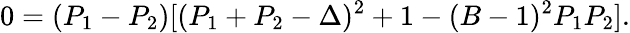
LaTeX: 0=(P_{1}-P_{2})[(P_{1}+P_{2}-\Delta)^{2}+1-(B-1)^{2}P_{1}P_{2}].